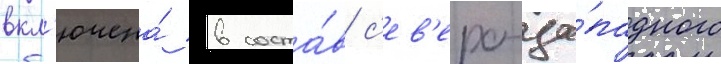
вкл'ючена́ в соста́в с'ев'еро-за́падного